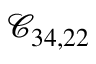
\mathcal { C } _ { 3 4 , 2 2 }